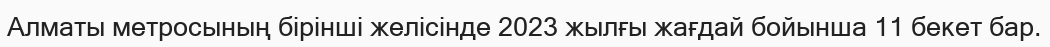
Алматы метросының бірінші желісінде 2023 жылғы жағдай бойынша 11 бекет бар.